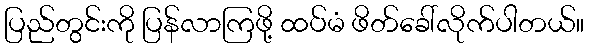
ပြည်တွင်းကို ပြန်လာကြဖို့ ထပ်မံ ဖိတ်ခေါ်လိုက်ပါတယ်။